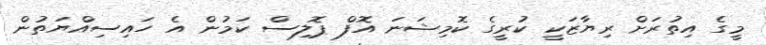
މީގެ އިތުރަށް ރިޔާޒަކީ ކުރީގެ ކޮމިޝަނަ އޮފް ޕޮލިސް ކަމުން އެ ހައިސިއްޔަތުން